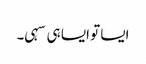
ایسا تو ایسا ہی سہی۔